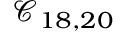
\mathcal { C } _ { 1 8 , 2 0 }